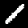
Label: 1